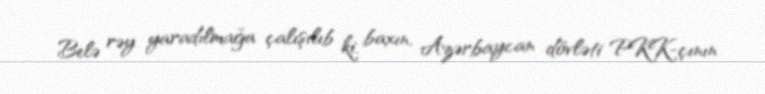
Belə rəy yaradılmağa çalışılıb ki, baxın, Azərbaycan dövləti PKK-çının